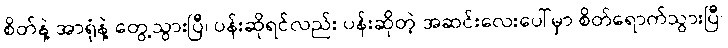
စိတ်နဲ့ အာရုံနဲ့ တွေ့သွားပြီ၊ ပန်းဆိုရင်လည်း ပန်းဆိုတဲ့ အဆင်းလေးပေါ်မှာ စိတ်ရောက်သွားပြီ၊